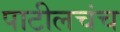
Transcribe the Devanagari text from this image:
पाटीलचंच